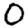
Digit: 0